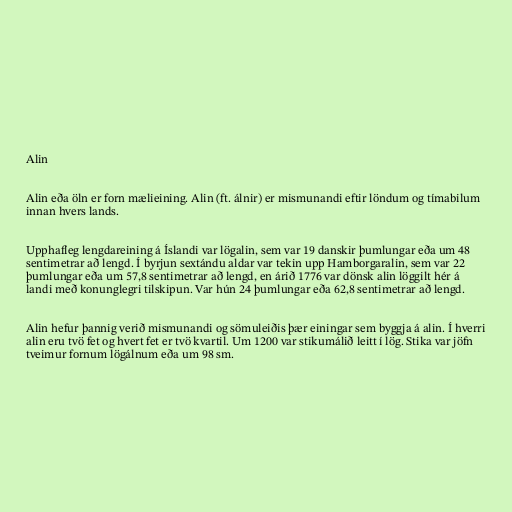
Alin

Alin eða öln er forn mælieining. Alin (ft. álnir) er mismunandi eftir löndum og tímabilum
innan hvers lands.

Upphafleg lengdareining á Íslandi var lögalin, sem var 19 danskir þumlungar eða um 48
sentimetrar að lengd. Í byrjun sextándu aldar var tekin upp Hamborgaralin, sem var 22
þumlungar eða um 57,8 sentimetrar að lengd, en árið 1776 var dönsk alin löggilt hér á
landi með konunglegri tilskipun. Var hún 24 þumlungar eða 62,8 sentimetrar að lengd.

Alin hefur þannig verið mismunandi og sömuleiðis þær einingar sem byggja á alin. Í hverri
alin eru tvö fet og hvert fet er tvö kvartil. Um 1200 var stikumálið leitt í lög. Stika var jöfn
tveimur fornum lögálnum eða um 98 sm.